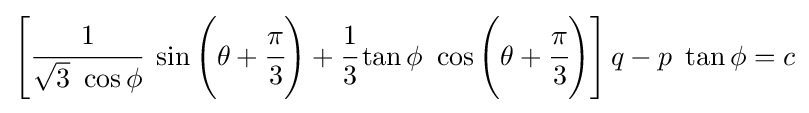
\left[{\cfrac {1}{{\sqrt {3}}~\cos \phi }}~\sin \left(\theta +{\cfrac {\pi }{3}}\right)+{\cfrac {1}{3}}\tan \phi ~\cos \left(\theta +{\cfrac {\pi }{3}}\right)\right]q-p~\tan \phi =c